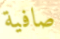
صافية